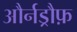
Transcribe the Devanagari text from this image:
और्नड्रौफ़